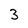
Character: 3